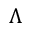
\Lambda